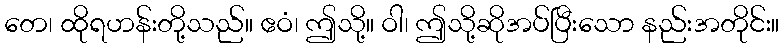
တေ၊ ထိုရဟန်းတို့သည်။ ဧဝံ၊ ဤသို့။ ဝါ၊ ဤသို့ဆိုအပ်ပြီးသော နည်းအတိုင်း။